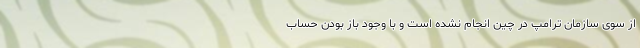
از سوی سازمان ترامپ در چین انجام نشده است و با وجود باز بودن حساب